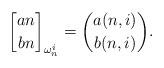
LaTeX: \begin{align*}{an \brack bn}_{\omega_n^i} = \binom{a(n,i)}{b(n,i)}.\end{align*}